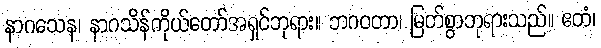
နာဂသေန၊ နာဂသိန်ကိုယ်တော်အရှင်ဘုရား။ ဘဂဝတာ၊ မြတ်စွာဘုရားသည်။ ဧတံ၊